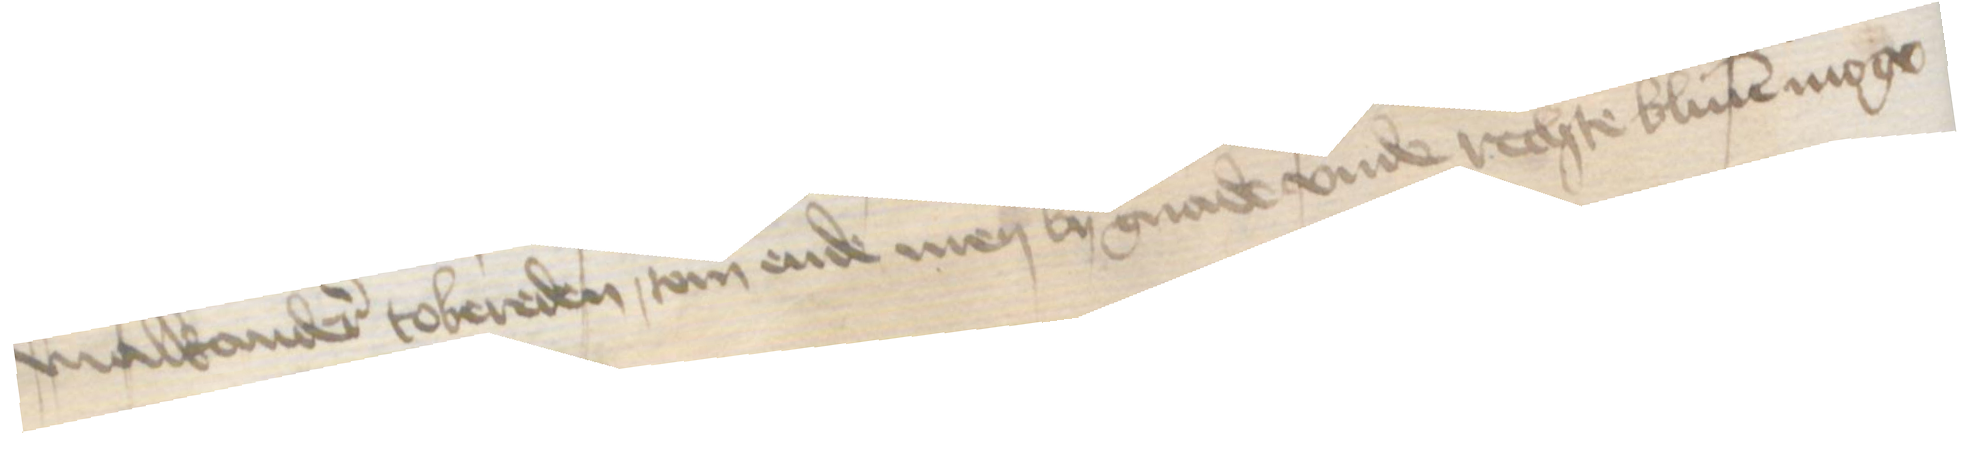
malkander tobereden, tom ende men by gnade vnde rechte bliuen moge